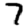
Digit: 7